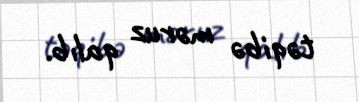
təqibə məruz qalıb.